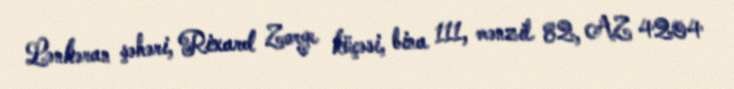
Lənkəran şəhəri, Rixard Zorge küçəsi, bina 111, mənzil 82, AZ 4204